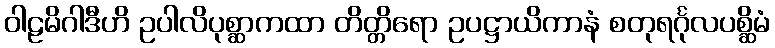
ဝါဠမိဂါဒီဟိ ဥပါလိပုစ္ဆာကထာ တိတ္တိရော ဥပဋ္ဌာယိကာနံ စတုရင်္ဂုလပစ္ဆိမံ